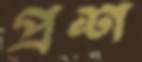
প্রশ